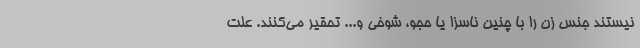
نیستند جنس زن را با چنین ناسزا یا حجو، شوخی و... تحقیر می‌کنند. علت